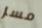
مسز